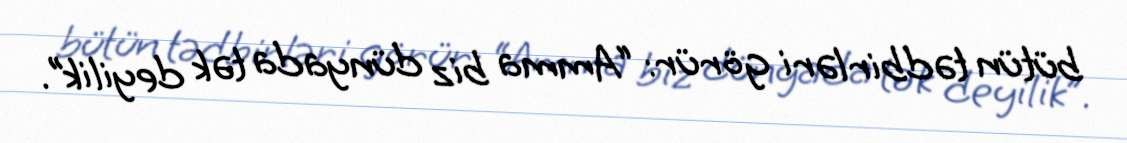
bütün tədbirləri görür: “Amma biz dünyada tək deyilik”.